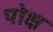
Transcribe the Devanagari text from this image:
पोक्ष